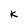
Character: K